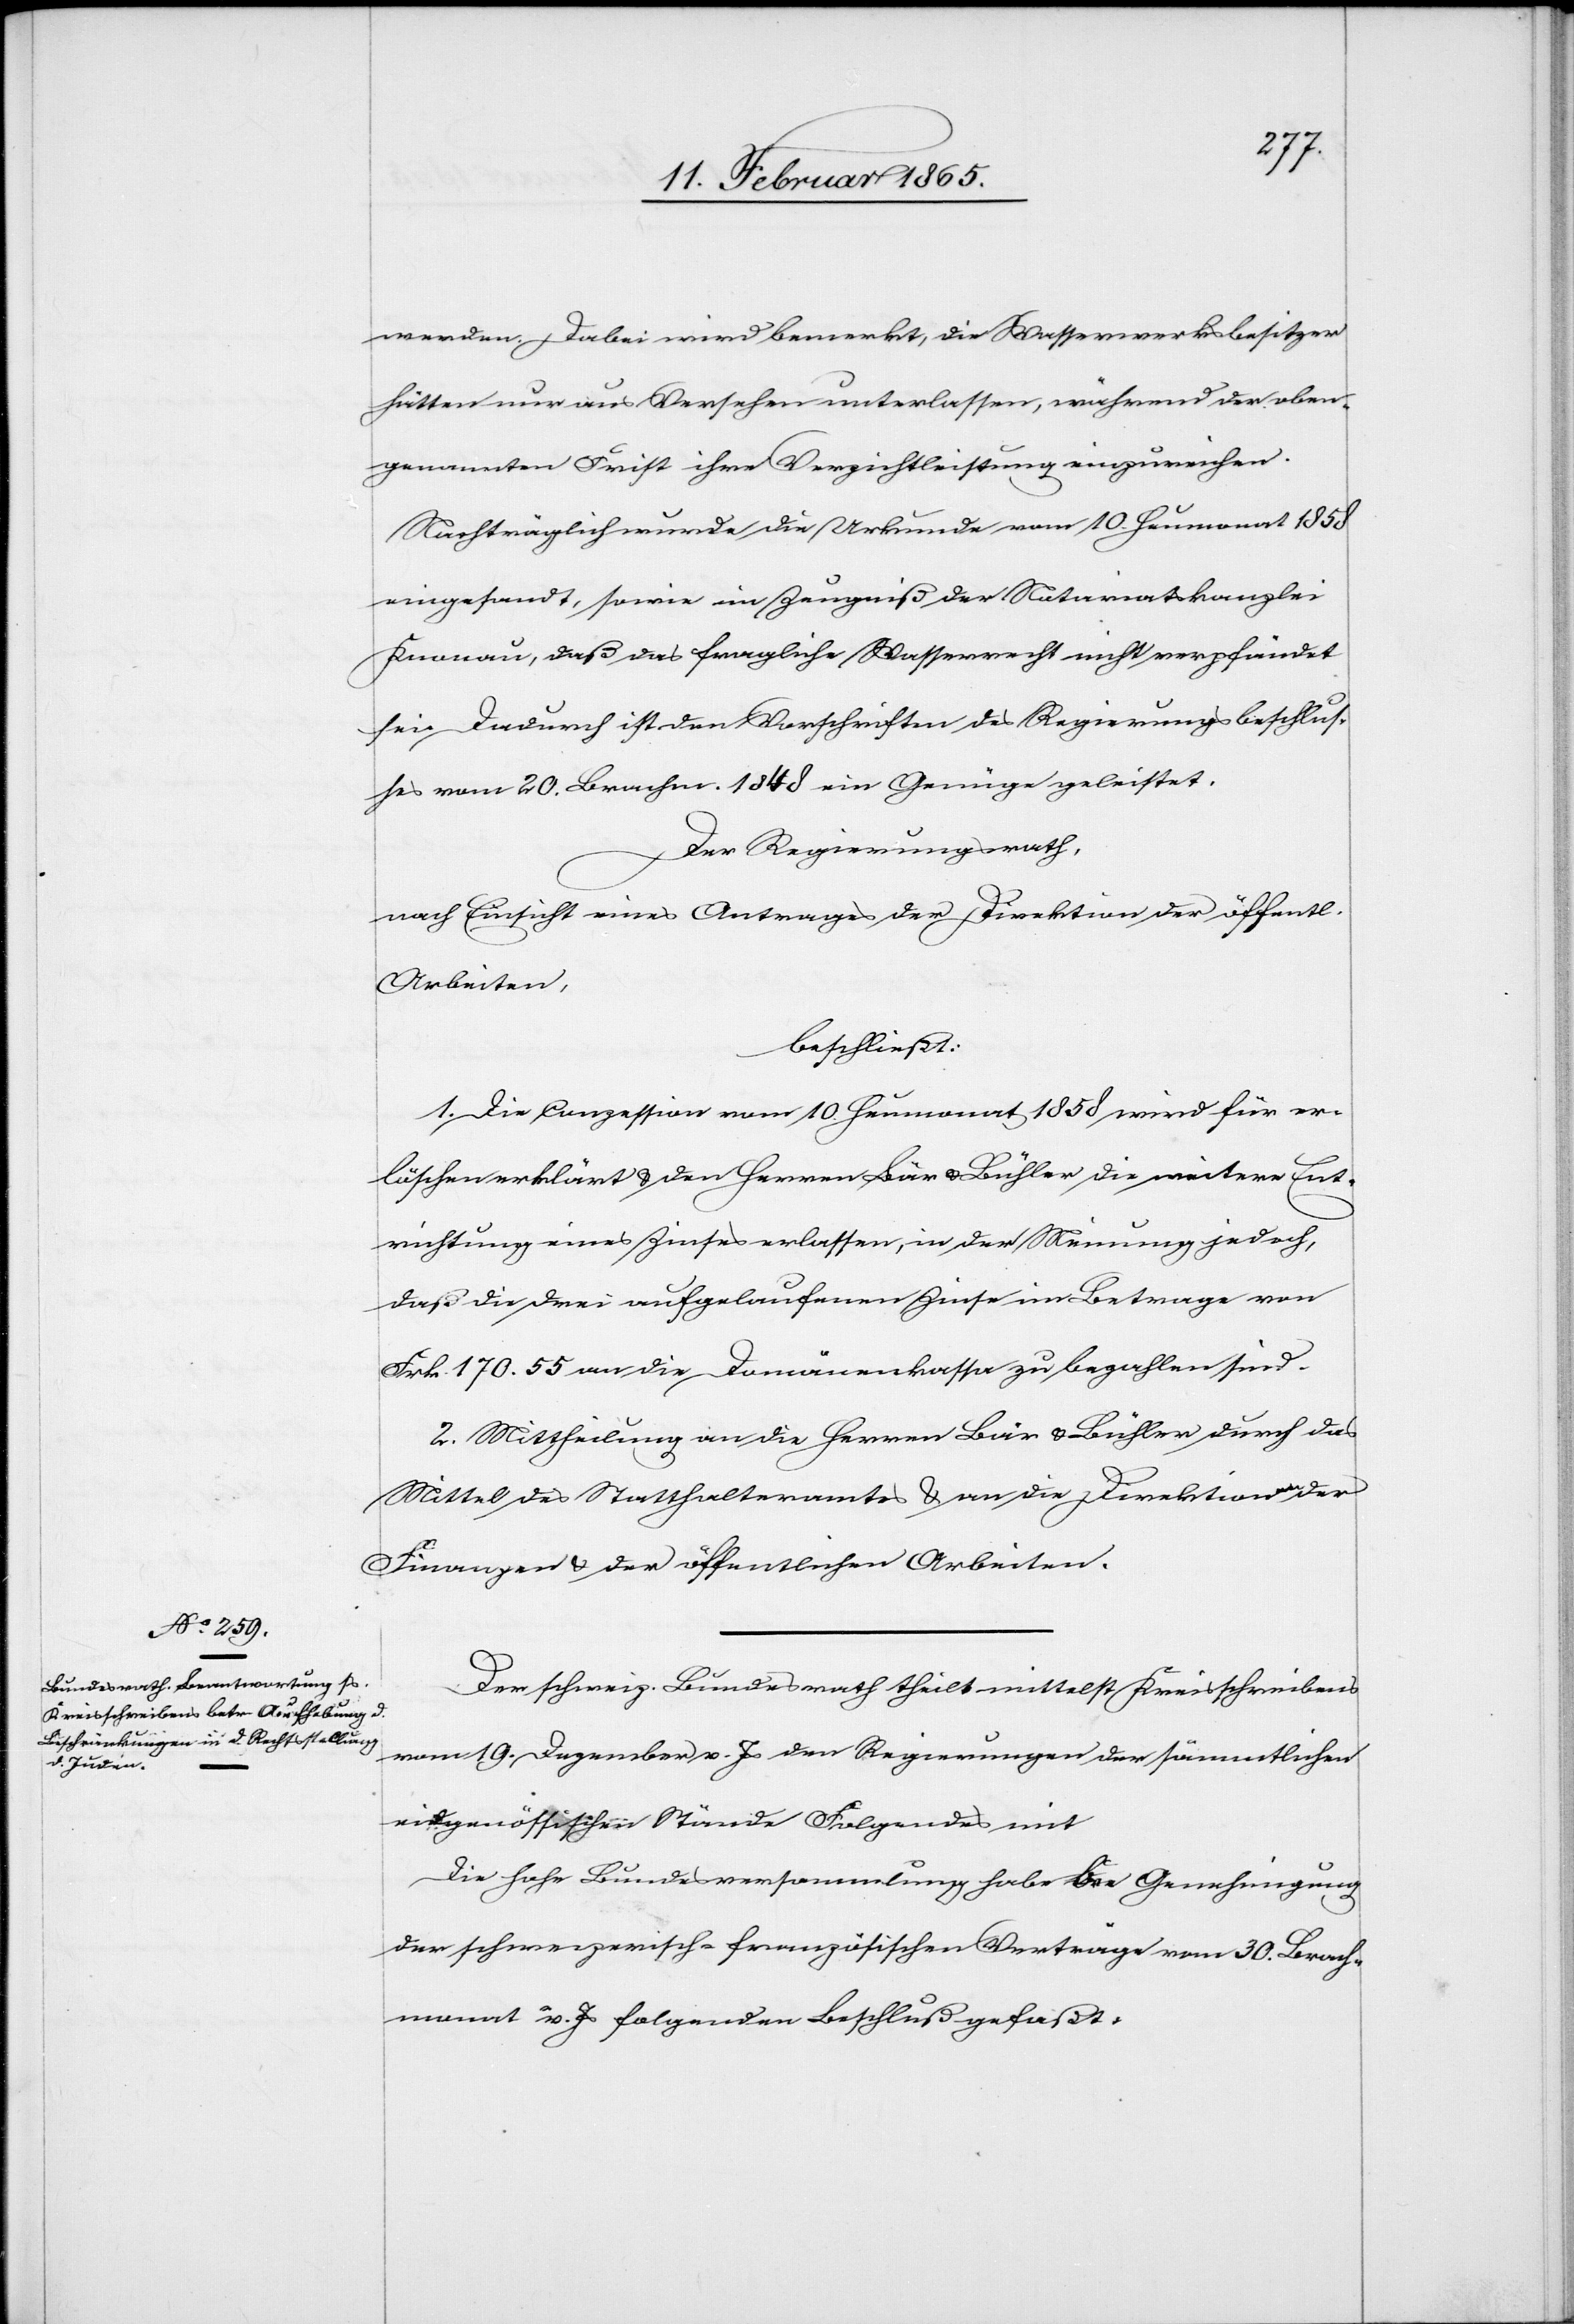
werden. Dabei wird bemerkt, die Wasserwerksbesitzer
hätten nur aus Versehen unterlassen, während der oben¬
genannten Frist ihre Verzichtleistung einzureichen.
Nachträglich wurde die Urkunde vom 10. Heumonat 1858
eingesandt, sowie ein Zeugniß der Notariatskanzlei
Knonau, daß das fragliche Wasserrecht nicht verpfändet
sei. Dadurch ist den Vorschriften des Regierungsbeschlus¬
ses vom 20. Brachm. 1848 ein Genüge geleistet.
Der Regierungsrath,
nach Einsicht eines Antrages der Direktion der öffentl.
Arbeiten,
beschließt:
1. Die Conzession vom 10. Heumonat 1858 wird für er¬
löschen erklärt u. den Herren Bär u. Bühler die weitere Ent¬
richtung eines Zinses erlassen, in der Meinung jedoch,
daß die drei aufgelaufenen Zinse im Betrage von
Frk. 170. 55 an die Domänenkassa zu bezahlen sind.
2. Mittheilung an die Herren Bär u. Bühler durch das
Mittel des Statthalteramtes u. an die Direktionen der
Finanzen u. der öffentlichen Arbeiten.
Der schweiz. Bundesrath theilt mittelst Kreisschreibens
vom 19. Dezember v. Js den Regierungen der sämmtlichen
eidgenössischen Stände Folgendes mit[:]
Die hohe Bundesversammlung habe [?bei] Genehmigung
der schweizerisch-französischen Verträge vom 30. Brach¬
monat v. Js folgenden Beschluß gefaßt: